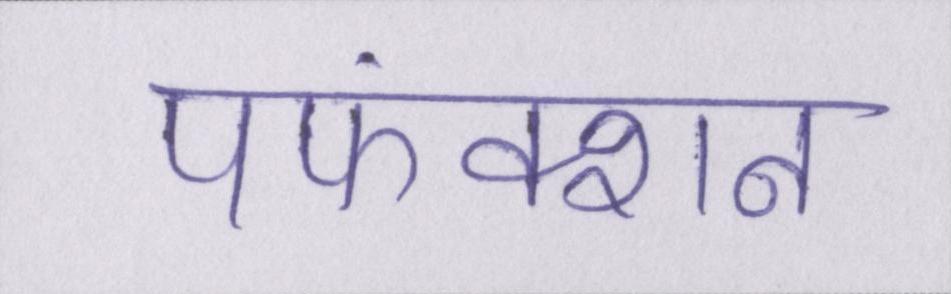
पफंक्शन